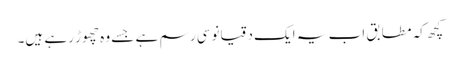
کچھ کہ مطابق اب یہ ایک دقیانوسی رسم ہے جسے وہ چھوڑ رہے ہیں۔